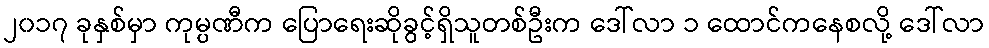
၂၀၁၇ ခုနှစ်မှာ ကုမ္ပဏီက ပြောရေးဆိုခွင့်ရှိသူတစ်ဦးက ဒေါ်လာ ၁ ထောင်ကနေစလို့ ဒေါ်လာ